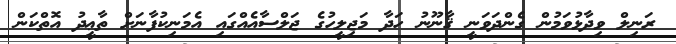
ރަނިލް ވިދާޅުވަމުން ގެންދަވަނީ ޤާނޫނު ހަދާ މަޖިލީހުގެ ޖަލްސާއެއްގައި އެމަނިކުފާނަށް ތާޢީދު އޮތްކަން